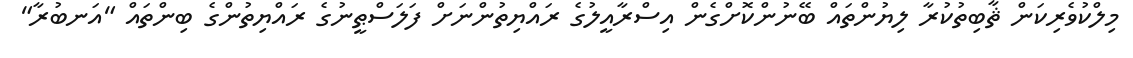
މިލްކުވެރިކަން ޘާބިތުކުރާ ލިޔުންތައް ބޭނުންކޮށްގެން އިސްރާއީލުގެ ރައްޔިތުންނަށް ފަލަސްޠީނުގެ ރައްޔިތުންގެ ބިންތައް "އަނބުރާ"